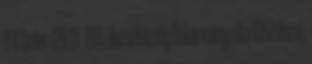
Y V Szám: 120-27 2011. Bazsi Község Önkormányzata 8352 Bazsi,